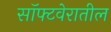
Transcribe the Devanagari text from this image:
सॉफ्टवेरातील